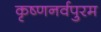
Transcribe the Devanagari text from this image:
कृष्णनर्वपुरम